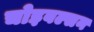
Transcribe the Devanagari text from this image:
चोइबल्सन